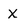
Character: X